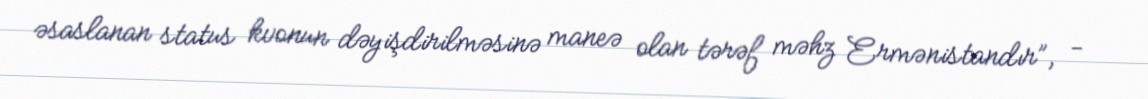
əsaslanan status kvonun dəyişdirilməsinə maneə olan tərəf məhz Ermənistandır”, -